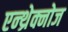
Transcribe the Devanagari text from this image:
एन्थ्रेक्नोज